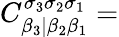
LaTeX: C_{\beta_{3}|\beta_{2}\beta_{1}}^{\sigma_{3}\sigma_{2}\sigma_{1}}=